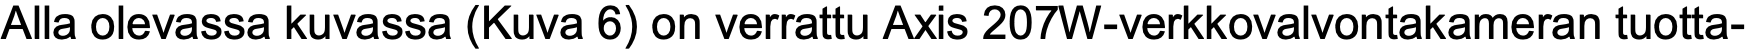
Alla olevassa kuvassa (Kuva 6) on verrattu Axis 207W-verkkovalvontakameran tuotta-